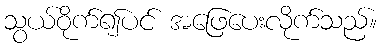
သွယ်ဝိုက်၍ပင် အဖြေပေးလိုက်သည်။